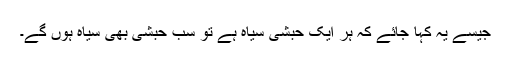
جیسے یہ کہا جائے کہ ہر ایک حبشی سیاہ ہے تو سب حبشی بھی سیاہ ہوں گے۔